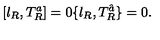
[ \l _ { R } , T _ { R } ^ { a } ] = 0 \{ \l _ { R } , T _ { R } ^ { \hat { a } } \} = 0 .